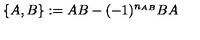
\{ A , B \} : = A B - ( - 1 ) ^ { n _ { A B } } B A